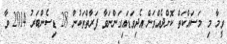
ވީމާ މި މަސައްކަތް ކޮށްދެއްވަން އެދިވަޑައިގަންނަވާ ފަރާތްތަކުން 28 ޑިސެންބަރު 2014 ވާ